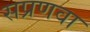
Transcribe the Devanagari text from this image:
सप्रणवा